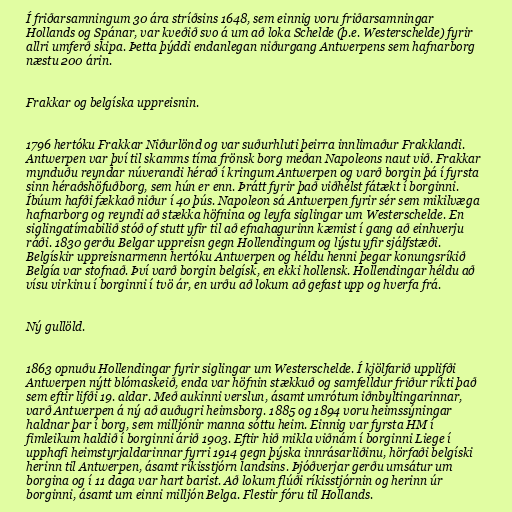
Í friðarsamningum 30 ára stríðsins 1648, sem einnig voru friðarsamningar
Hollands og Spánar, var kveðið svo á um að loka Schelde (þ.e. Westerschelde) fyrir
allri umferð skipa. Þetta þýddi endanlegan niðurgang Antwerpens sem hafnarborg
næstu 200 árin.

Frakkar og belgíska uppreisnin.

1796 hertóku Frakkar Niðurlönd og var suðurhluti þeirra innlimaður Frakklandi.
Antwerpen var því til skamms tíma frönsk borg meðan Napoleons naut við. Frakkar
mynduðu reyndar núverandi hérað í kringum Antwerpen og varð borgin þá í fyrsta
sinn héraðshöfuðborg, sem hún er enn. Þrátt fyrir það viðhélst fátækt í borginni.
Íbúum hafði fækkað niður í 40 þús. Napoleon sá Antwerpen fyrir sér sem mikilvæga
hafnarborg og reyndi að stækka höfnina og leyfa siglingar um Westerschelde. En
siglingatímabilið stóð of stutt yfir til að efnahagurinn kæmist í gang að einhverju
ráði. 1830 gerðu Belgar uppreisn gegn Hollendingum og lýstu yfir sjálfstæði.
Belgískir uppreisnarmenn hertóku Antwerpen og héldu henni þegar konungsríkið
Belgía var stofnað. Því varð borgin belgísk, en ekki hollensk. Hollendingar héldu að
vísu virkinu í borginni í tvö ár, en urðu að lokum að gefast upp og hverfa frá.

Ný gullöld.

1863 opnuðu Hollendingar fyrir siglingar um Westerschelde. Í kjölfarið upplifði
Antwerpen nýtt blómaskeið, enda var höfnin stækkuð og samfelldur friður ríkti það
sem eftir lifði 19. aldar. Með aukinni verslun, ásamt umrótum iðnbyltingarinnar,
varð Antwerpen á ný að auðugri heimsborg. 1885 og 1894 voru heimssýningar
haldnar þar í borg, sem milljónir manna sóttu heim. Einnig var fyrsta HM í
fimleikum haldið í borginni árið 1903. Eftir hið mikla viðnám í borginni Liege í
upphafi heimstyrjaldarinnar fyrri 1914 gegn þýska innrásarliðinu, hörfaði belgíski
herinn til Antwerpen, ásamt ríkisstjórn landsins. Þjóðverjar gerðu umsátur um
borgina og í 11 daga var hart barist. Að lokum flúði ríkisstjórnin og herinn úr
borginni, ásamt um einni milljón Belga. Flestir fóru til Hollands.